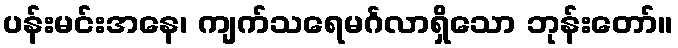
ပန်းမင်းအနေ၊ ကျက်သရေမင်္ဂလာရှိသော ဘုန်းတော်။